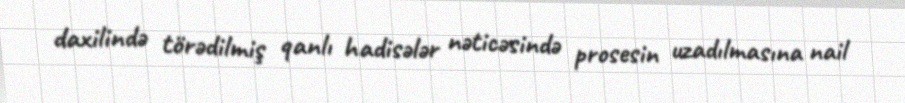
daxilində törədilmiş qanlı hadisələr nəticəsində prosesin uzadılmasına nail